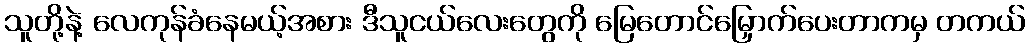
သူတို့နဲ့ လေကုန်ခံနေမယ့်အစား ဒီသူငယ်လေးတွေကို မြေတောင်မြှောက်ပေးတာကမှ တကယ်